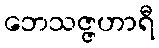
ဘေသဇ္ဇဟာရီ